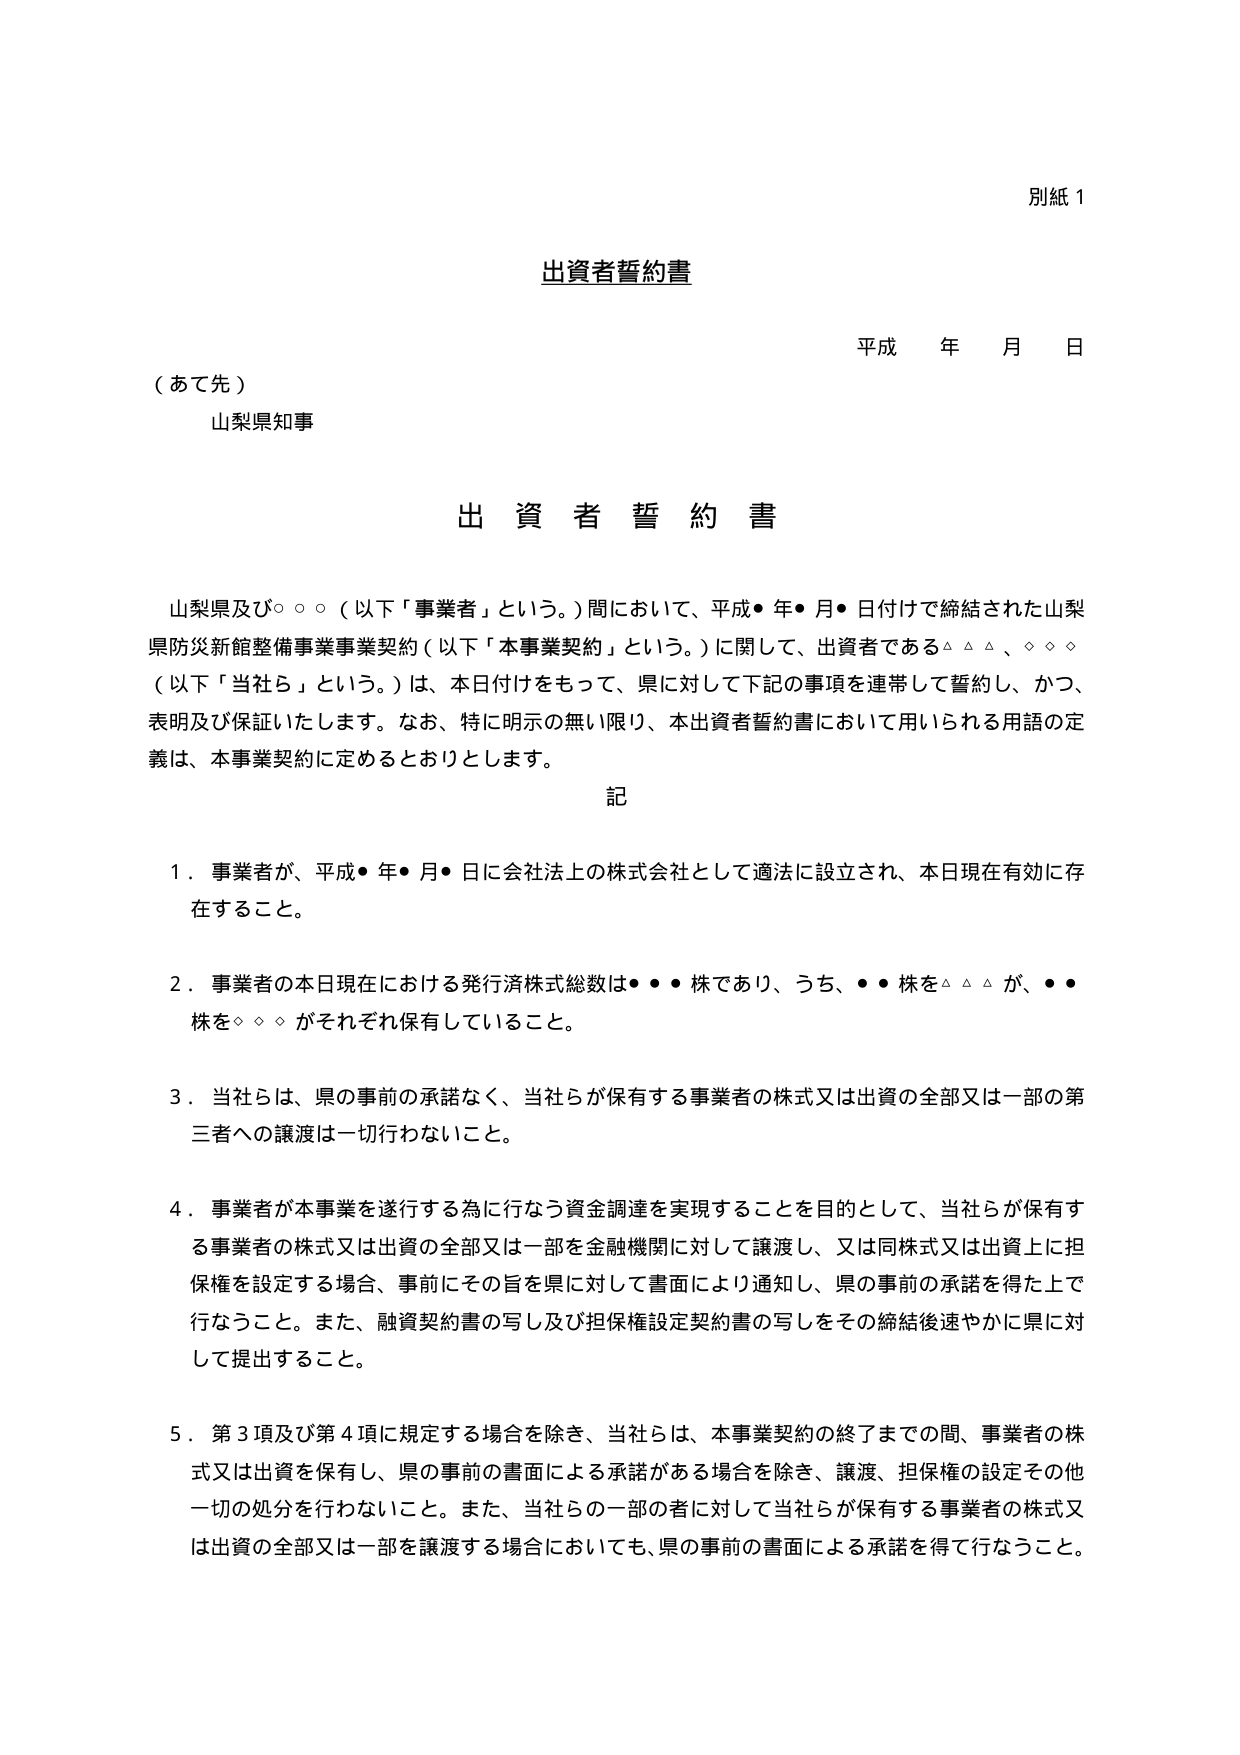
別紙 1

出資者誓約書

平成 年 月 日

（あて先）
山梨県知事

出 資 者 誓 約 書

山梨県及び○○○（以下「事業者」という。）間において、平成●年●月●日付けで締結された山梨県防災新館整備事業事業契約（以下「本事業契約」という。）に関して、出資者である△△△、◇◇◇（以下「当社ら」という。）は、本日付けをもって、県に対して下記の事項を連帯して誓約し、かつ、表明及び保証いたします。なお、特に明示の無い限り、本出資者誓約書において用いられる用語の定義は、本事業契約に定めるとおりとします。

記

１．事業者が、平成●年●月●日に会社法上の株式会社として適法に設立され、本日現在有効に存在すること。

２．事業者の本日現在における発行済株式総数は●●●株であり、うち、●●株を△△△が、●●株を◇◇◇がそれぞれ保有していること。

３．当社らは、県の事前の承諾なく、当社らが保有する事業者の株式又は出資の全部又は一部の第三者への譲渡は一切行わないこと。

４．事業者が本事業を遂行する為に行なう資金調達を実現することを目的として、当社らが保有する事業者の株式又は出資の全部又は一部を金融機関に対して譲渡し、又は同株式又は出資上に担保権を設定する場合、事前にその旨を県に対して書面により通知し、県の事前の承諾を得た上で行うこと。また、融資契約書の写し及び担保権設定契約書の写しをその締結後速やかに県に対して提出すること。

５．第３項及び第４項に規定する場合を除き、当社らは、本事業契約の終了までの間、事業者の株式又は出資を保有し、県の事前の書面による承諾がある場合を除き、譲渡、担保権の設定その他一切の処分を行わないこと。また、当社らの一部の者に対して当社らが保有する事業者の株式又は出資の全部又は一部を譲渡する場合においても、県の事前の書面による承諾を得て行なうこと。